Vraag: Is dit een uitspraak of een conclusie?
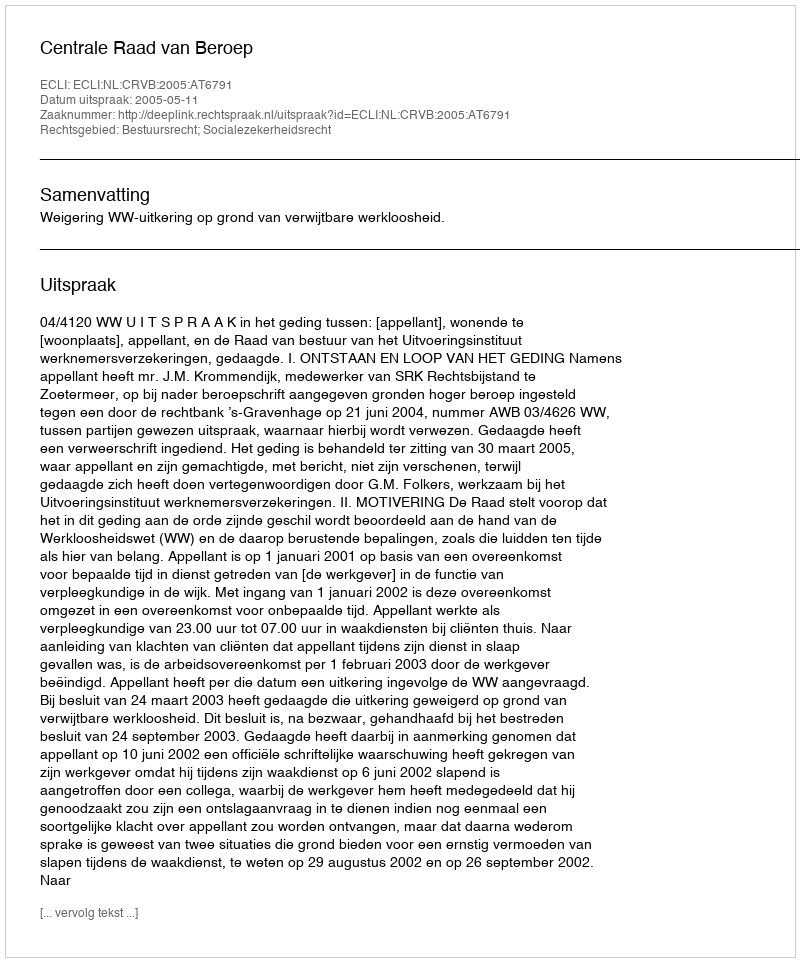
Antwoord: Uitspraak